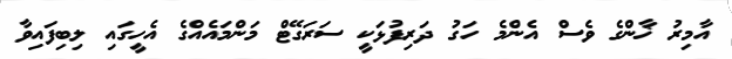
އާމިރު ޚާންގެ ވެސް އެންމެ ހަގު ދަރިފުޅަކީ ސަރަގޭޓް މަންމައެއްގެ އެހީގައި ލިބިފައިވާ